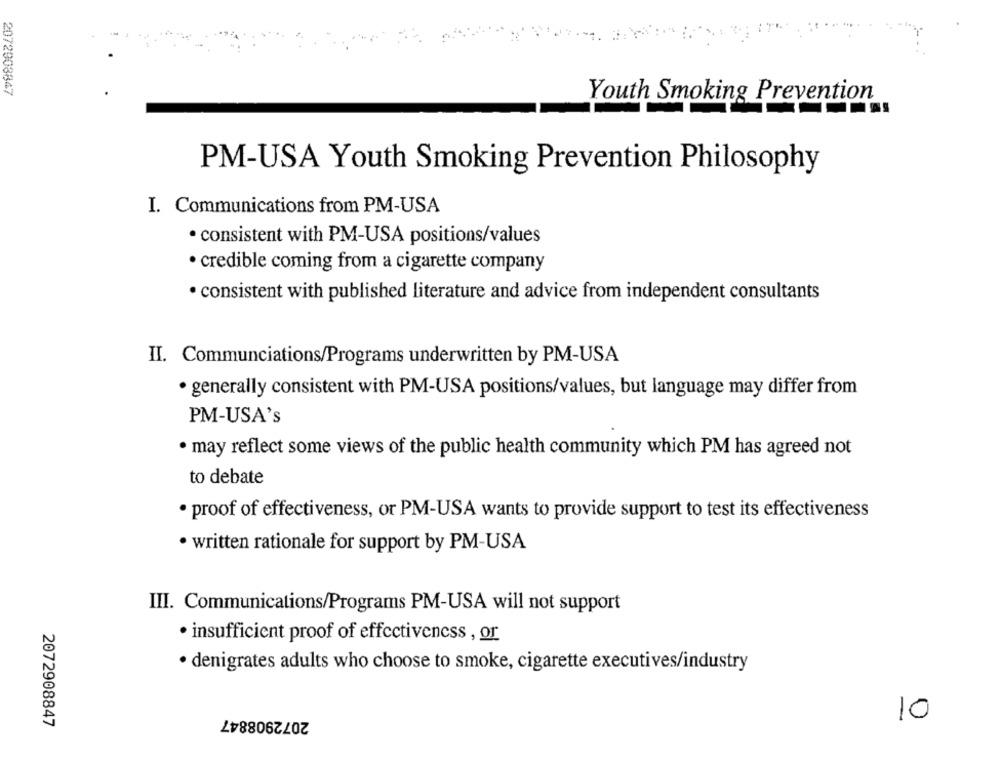
2072903847
Youth Smoking Prevention
PM-USA Youth Smoking Prevention Philosophy
I. Communications from PM-USA
· consistent with PM-USA positions/values
· credible coming from a cigarette company
· consistent with published literature and advice from independent consultants
II. Communciations/Programs underwritten by PM-USA
· generally consistent with PM-USA positions/values, but language may differ from
PM-USA's
· may reflect some views of the public health community which PM has agreed not
to debate
· proof of effectiveness, or PM-USA wants to provide support to test its effectiveness
· written rationale for support by PM-USA
III. Communications/Programs PM-USA will not support
· insufficient proof of effectiveness , or
· denigrates adults who choose to smoke, cigarette executives/industry
2072908847
2072908847
10